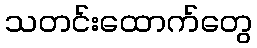
သတင်းထောက်တွေ